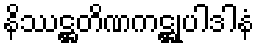
နိဿဋ္ဌတိဏကဋ္ဌုပါဒါနံ